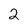
Character: 2